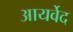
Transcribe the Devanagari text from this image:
आयर्वेद